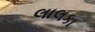
લાલકા